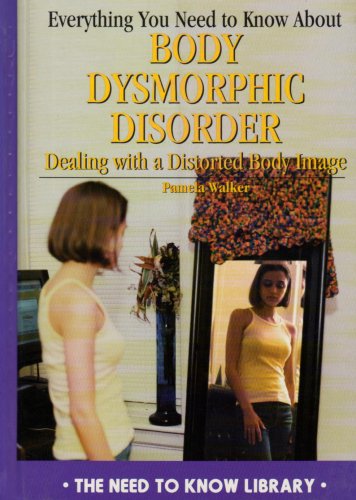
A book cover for Everything You Need to Know About Body Dysmorphic Disorder: Dealing With a Distorted Body Image (Need to Know Library); Pamela Walker; Health, Fitness & Dieting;